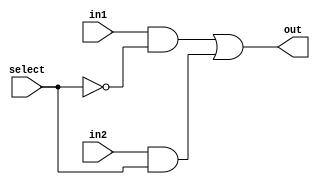
module Mux2To1(out, select, in1, in2);
  input in1, in2, select;
  output  out;
  wire  not_select, a1, a2;
  not g1(not_select, select);
  and g2(a1, in1, not_select);
  and g3(a2, in2, select);
  or  g4(out, a1, a2);
endmodule

module  Mux8Bit_2To1_generate(out, select, in1, in2);
  input [7:0] in1, in2;
  input select;
  output  [7:0] out;
  genvar  j;
  generate  for(j = 0; j < 8; j = j + 1)  
    begin:  mux_loop
      Mux2To1 Mux(out[j], select, in1[j], in2[j]);
    end
  endgenerate
endmodule

module  Mux32Bit_2To1(out, select, in1, in2);
  input [31:0] in1, in2;
  input select;
  output  [31:0] out;
  Mux8Bit_2To1_generate Mux1(out[7:0], select, in1[7:0], in2[7:0]);
  Mux8Bit_2To1_generate Mux2(out[15:8], select, in1[15:8], in2[15:8]);
  Mux8Bit_2To1_generate Mux3(out[23:16], select, in1[23:16], in2[23:16]);
  Mux8Bit_2To1_generate Mux4(out[31:24], select, in1[31:24], in2[31:24]);
endmodule

module  Mux32Bit_4To1(out, select, in1, in2, in3, in4);
  input [31:0]  in1, in2, in3, in4;
  input [1:0] select;
  output  [31:0]  out;
  wire  [31:0]  w1, w2;
  Mux32Bit_2To1 Mux0(w1[31:0], select[0], in1[31:0], in2[31:0]);
  Mux32Bit_2To1 Mux1(w2[31:0], select[0], in3[31:0], in4[31:0]);
  Mux32Bit_2To1 Mux2(out[31:0], select[1], w1[31:0], w2[31:0]);
endmodule